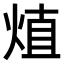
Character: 𤊧